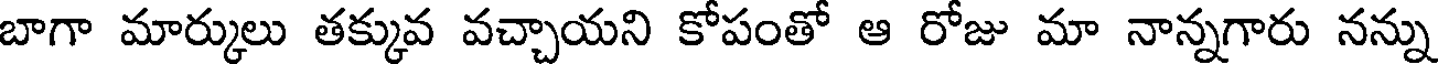
బాగా మార్కులు తక్కువ వచ్చాయని కోపంతో ఆ రోజు మా నాన్నగారు నన్ను